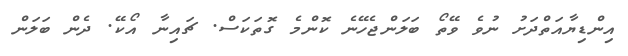
އިންޑިޔާއަތްދަށު ނުވެ ވޭތޯ ބަލަންޖެހޭނެ ކޮންމެ ގޮތަކަސް. ޗައިނާ އޯކޭ. ދެން ބަލަން